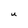
Character: u